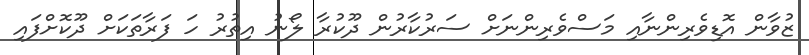
ޒުވާން އޮޑިވެރިންނާއި މަސްވެރިންނަށް ސަރުކާރުން ދޫކުރާ ލޯނު އިތުރު ހަ ފަރާތަކަށް ދޫކޮށްފައި